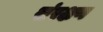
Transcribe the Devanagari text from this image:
संरक्षण